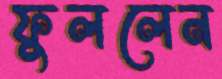
ফুললেন